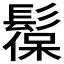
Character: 𩭼